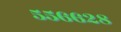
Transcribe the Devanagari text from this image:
५५६६२८